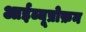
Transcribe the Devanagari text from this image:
आईब्यूप्रोफ़न